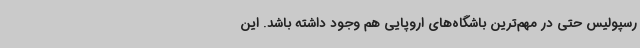
رسپولیس حتی در مهم‌ترین باشگاه‌های اروپایی هم وجود داشته باشد. این